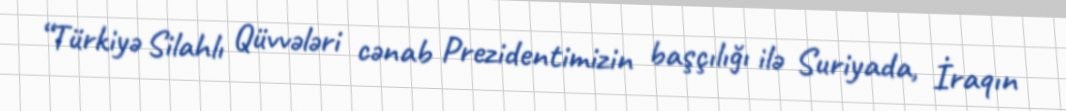
“Türkiyə Silahlı Qüvvələri cənab Prezidentimizin başçılığı ilə Suriyada, İraqın